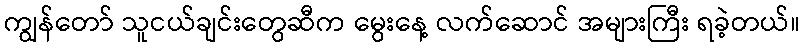
ကျွန်တော် သူငယ်ချင်းတွေဆီက မွေးနေ့ လက်ဆောင် အများကြီး ရခဲ့တယ်။